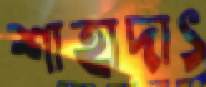
শাহাদাৎ